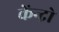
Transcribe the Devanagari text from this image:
केंन्द्रो